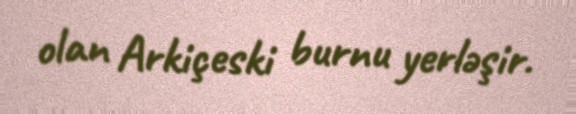
olan Arkiçeski burnu yerləşir.